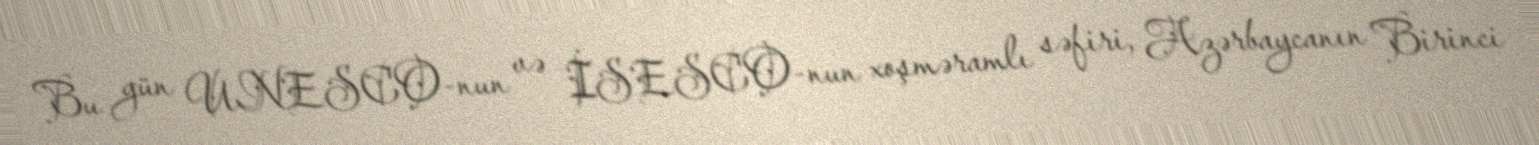
Bu gün UNESCO-nun və İSESCO-nun xoşməramlı səfiri, Azərbaycanın Birinci